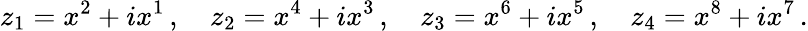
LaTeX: z_{1}=x^{2}+ix^{1}\, ,\quad z_{2}=x^{4}+ix^{3}\, ,\quad z_{3}=x^{6}+ix^{5}\, ,\quad z_{4}=x^{8}+ix^{7}\, .